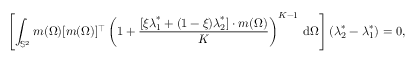
\left[ \int _ { \mathbb { S } ^ { 2 } } \boldsymbol { m } ( \Omega ) [ \boldsymbol { m } ( \Omega ) ] ^ { \top } \left( 1 + \frac { [ \xi \boldsymbol { \lambda } _ { 1 } ^ { * } + ( 1 - \xi ) \boldsymbol { \lambda } _ { 2 } ^ { * } ] \cdot \boldsymbol { m } ( \Omega ) } { K } \right) ^ { K - 1 } \, \mathrm { d } \Omega \right] ( \boldsymbol { \lambda } _ { 2 } ^ { * } - \boldsymbol { \lambda } _ { 1 } ^ { * } ) = 0 ,